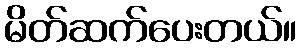
မိတ်ဆက်ပေးတယ်။